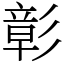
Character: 彰